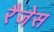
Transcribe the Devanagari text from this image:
रैजेस